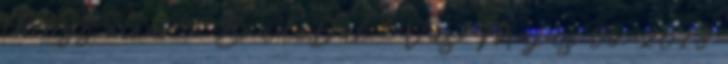
things clear - Brad&Dal ₰ Vas. Május 06, 2018